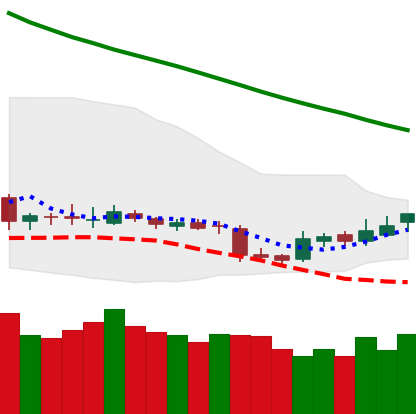
Ticker: BNB-USD
Chart end date: 2018-11-06
Forward return: -3.219%
Label: down_3_5